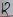
Text: 12